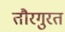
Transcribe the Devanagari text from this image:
तौरगुरत